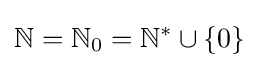
\mathbb {N} =\mathbb {N} _{0}=\mathbb {N} ^{*}\cup \{0\}